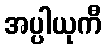
အပ္ပါယုကီ